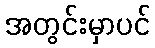
အတွင်းမှာပင်